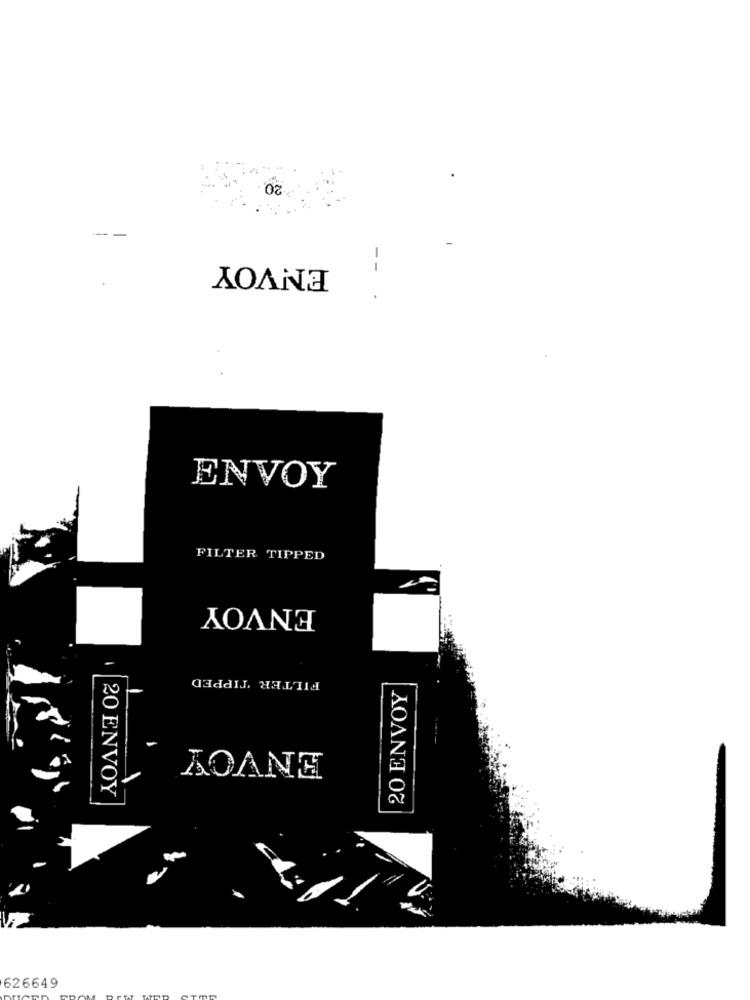
20,
ENVOY
ENVOY
FILTER TIPPED
ENVOY
FILTER TIPPED
20 ENVOY
ENVOY
20 ENVOY
626649